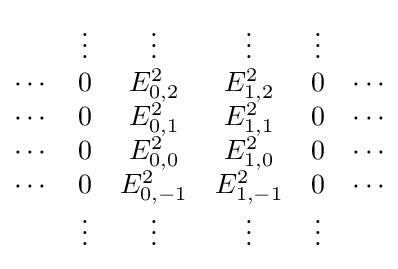
{\begin{matrix}&\vdots &\vdots &\vdots &\vdots &\\\cdots &0&E_{0,2}^{2}&E_{1,2}^{2}&0&\cdots \\\cdots &0&E_{0,1}^{2}&E_{1,1}^{2}&0&\cdots \\\cdots &0&E_{0,0}^{2}&E_{1,0}^{2}&0&\cdots \\\cdots &0&E_{0,-1}^{2}&E_{1,-1}^{2}&0&\cdots \\&\vdots &\vdots &\vdots &\vdots &\end{matrix}}